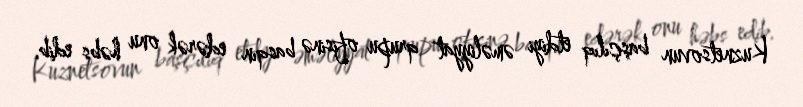
Kuznetsovun başçılıq etdiyi əməliyyat qrupu ofisinə basqın edərək onu həbs edib.